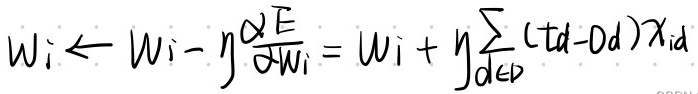
$w_{i} \leftarrow w_{i} - \eta \frac{\partial E}{\partial w_{i}} = w_{i} + \eta \sum_{d \in D} (t_{d} - o_{d}) x_{id}$